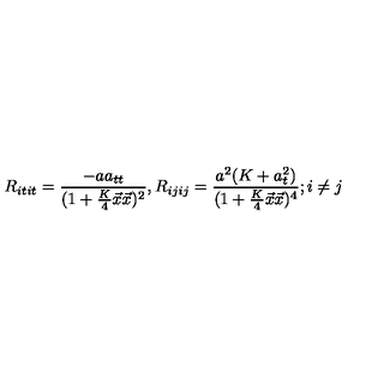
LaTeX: R _ { i t i t } = \frac { - a a _ { t t } } { ( 1 + \frac { K } { 4 } \vec { x } \vec { x } ) ^ { 2 } } , R _ { i j i j } = \frac { a ^ { 2 } ( K + a _ { t } ^ { 2 } ) } { ( 1 + \frac { K } { 4 } \vec { x } \vec { x } ) ^ { 4 } } ; i \neq j